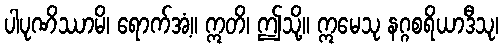
ပါပုဏိဿာမိ၊ ရောက်အံ့။ ဣတိ၊ ဤသို့။ ဣမေသု နဂ္ဂစရိယာဒီသု၊